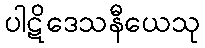
ပါဋိဒေသနီယေသု